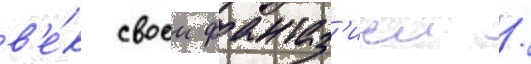
в'е́к своеи фантаз'иеи /